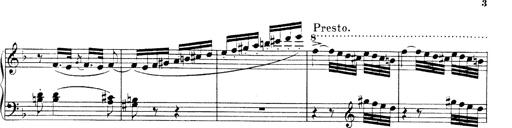
Title: Hungarian Rhapsody No.19
Composer: Franz Liszt
Key: D minor